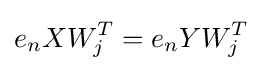
e_{n}XW_{j}^{T}=e_{n}YW_{j}^{T}